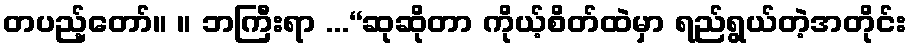
တပည့်တော်။ ။ ဘကြီးရာ ...“ဆုဆိုတာ ကိုယ့်စိတ်ထဲမှာ ရည်ရွယ်တဲ့အတိုင်း